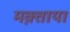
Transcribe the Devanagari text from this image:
मक़्ताया